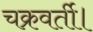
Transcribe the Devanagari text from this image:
चक्रवर्ती।